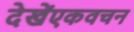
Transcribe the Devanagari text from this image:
देखेंएकवचन